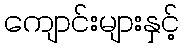
ကျောင်းများနှင့်